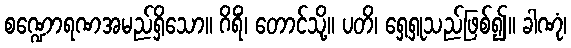
စဏ္ဍောရဏအမည်ရှိသော။ ဂိရိံ၊ တောင်သို့။ ပတိ၊ ရှေ့ရှုသည်ဖြစ်၍။ ခါဏုံ၊